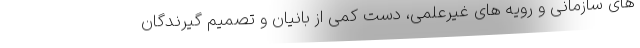
های سازمانی و رویه های غیرعلمی، دست کمی از بانیان و تصمیم گیرندگان